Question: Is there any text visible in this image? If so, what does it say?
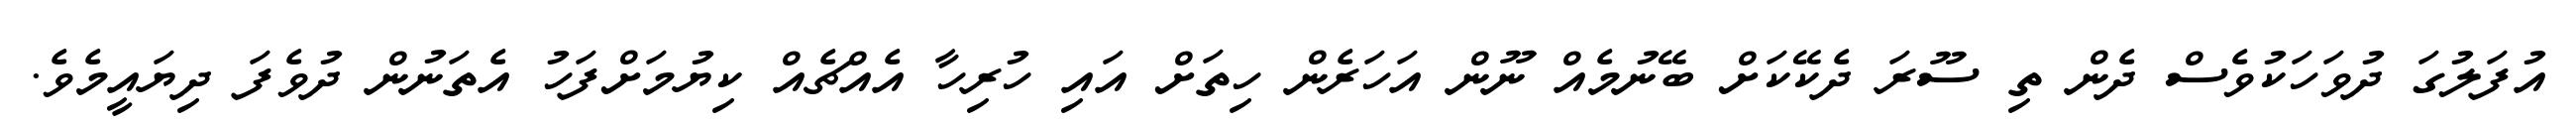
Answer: އުފަލުގަ ދުވަހަކުވެސް ދެން ތި ސޫރަ ދެކޭކަށް ބޭނުމެއް ނޫން އަހަރެން ހިތަށް އައި ހުރިހާ އެއްޗެއް ކިޔުމަށްފަހު އެތަނުން ދުވެފަ ދިޔައީމެވެ.